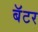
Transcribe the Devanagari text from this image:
बॅटर